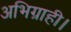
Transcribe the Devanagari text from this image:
अभिग्राही।